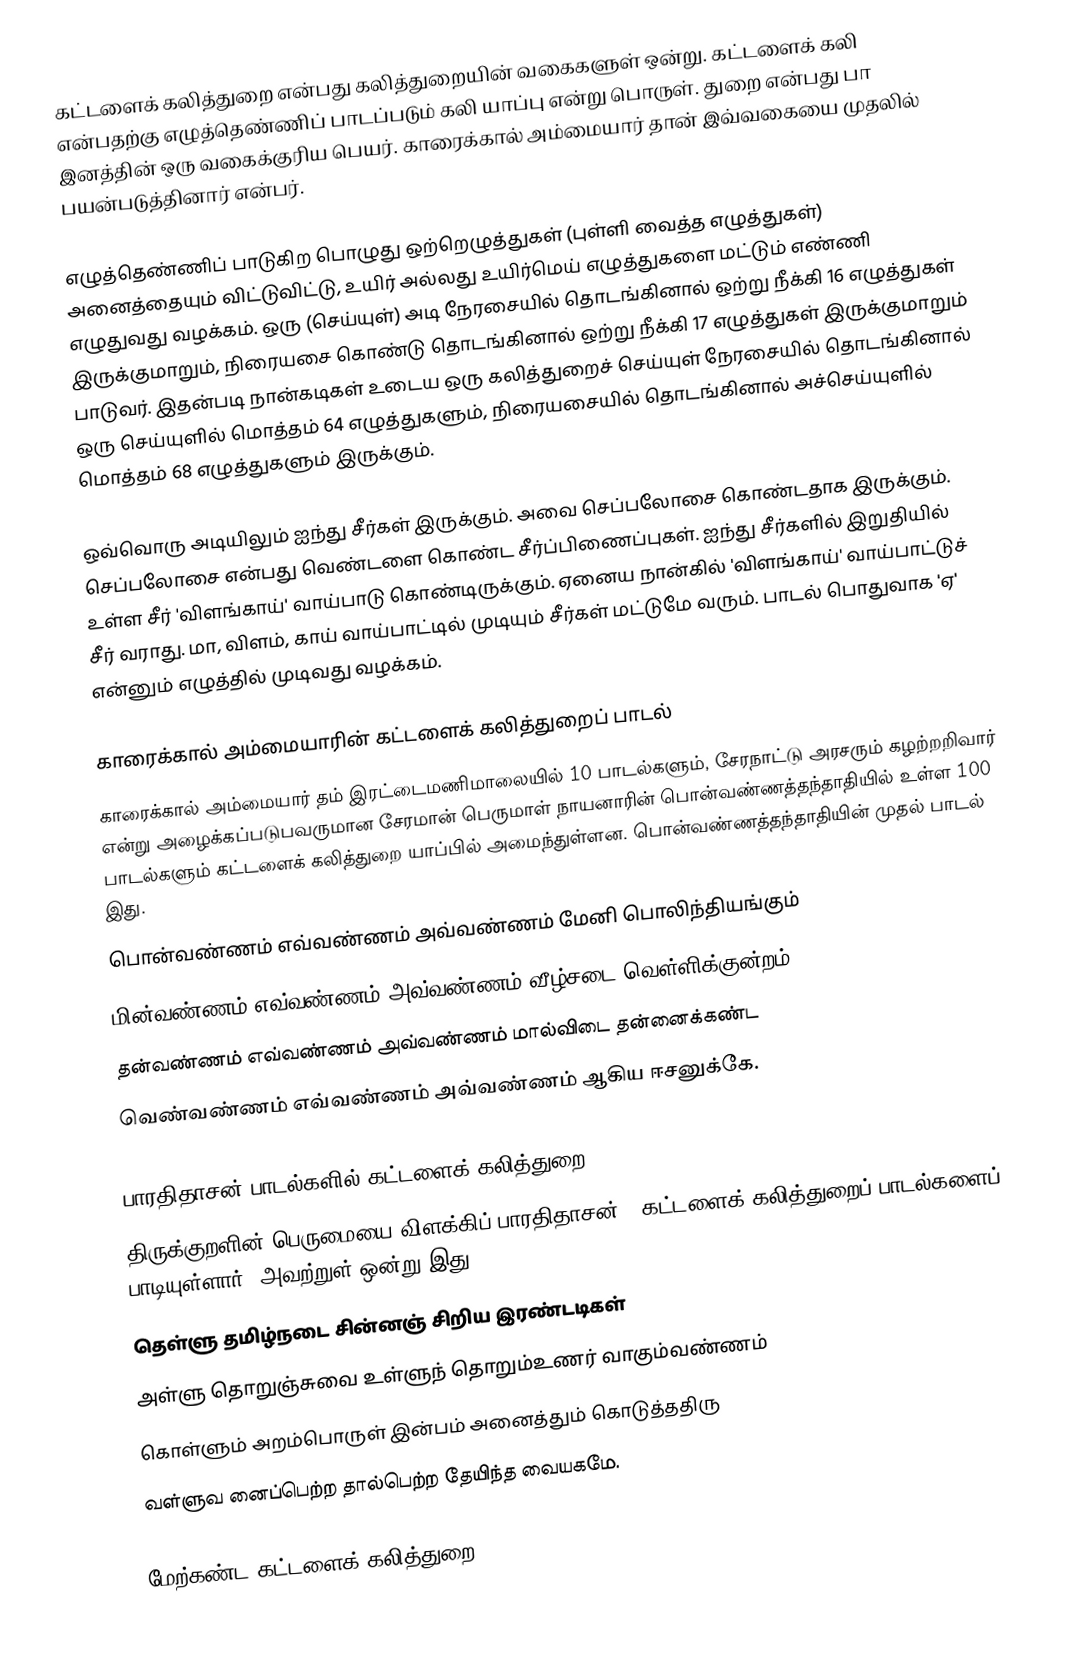
கட்டளைக் கலித்துறை என்பது கலித்துறையின் வகைகளுள் ஒன்று. கட்டளைக் கலி என்பதற்கு எழுத்தெண்ணிப் பாடப்படும் கலி யாப்பு என்று பொருள். துறை என்பது பா இனத்தின் ஒரு வகைக்குரிய பெயர். காரைக்கால் அம்மையார் தான் இவ்வகையை முதலில் பயன்படுத்தினார் என்பர்.

எழுத்தெண்ணிப் பாடுகிற பொழுது ஒற்றெழுத்துகள் (புள்ளி வைத்த எழுத்துகள்) அனைத்தையும் விட்டுவிட்டு, உயிர் அல்லது உயிர்மெய் எழுத்துகளை  மட்டும் எண்ணி எழுதுவது வழக்கம். ஒரு (செய்யுள்) அடி நேரசையில் தொடங்கினால் ஒற்று நீக்கி 16 எழுத்துகள் இருக்குமாறும், நிரையசை கொண்டு தொடங்கினால் ஒற்று நீக்கி 17 எழுத்துகள் இருக்குமாறும் பாடுவர். இதன்படி நான்கடிகள் உடைய ஒரு கலித்துறைச் செய்யுள் நேரசையில் தொடங்கினால் ஒரு செய்யுளில் மொத்தம் 64 எழுத்துகளும், நிரையசையில் தொடங்கினால் அச்செய்யுளில் மொத்தம் 68 எழுத்துகளும் இருக்கும்.

ஒவ்வொரு அடியிலும் ஐந்து சீர்கள் இருக்கும். அவை செப்பலோசை கொண்டதாக இருக்கும். செப்பலோசை என்பது வெண்டளை கொண்ட சீர்ப்பிணைப்புகள். ஐந்து சீர்களில் இறுதியில் உள்ள சீர் 'விளங்காய்' வாய்பாடு கொண்டிருக்கும். ஏனைய நான்கில் 'விளங்காய்' வாய்பாட்டுச் சீர் வராது. மா, விளம், காய் வாய்பாட்டில் முடியும் சீர்கள் மட்டுமே வரும். பாடல் பொதுவாக 'ஏ' என்னும் எழுத்தில் முடிவது வழக்கம்.

காரைக்கால் அம்மையாரின் கட்டளைக் கலித்துறைப் பாடல்
காரைக்கால் அம்மையார் தம் இரட்டைமணிமாலையில் 10 பாடல்களும், சேரநாட்டு அரசரும் கழற்றறிவார் என்று அழைக்கப்படுபவருமான  சேரமான் பெருமாள் நாயனாரின் பொன்வண்ணத்தந்தாதியில்  உள்ள 100 பாடல்களும் கட்டளைக் கலித்துறை யாப்பில் அமைந்துள்ளன. பொன்வண்ணத்தந்தாதியின் முதல் பாடல் இது.
பொன்வண்ணம் எவ்வண்ணம் அவ்வண்ணம் மேனி பொலிந்தியங்கும்
மின்வண்ணம் எவ்வண்ணம் அவ்வண்ணம் வீழ்சடை வெள்ளிக்குன்றம்
தன்வண்ணம் எவ்வண்ணம் அவ்வண்ணம் மால்விடை தன்னைக்கண்ட
வெண்வண்ணம் எவ்வண்ணம் அவ்வண்ணம் ஆகிய ஈசனுக்கே.

பாரதிதாசன் பாடல்களில் கட்டளைக் கலித்துறை
திருக்குறளின் பெருமையை விளக்கிப் பாரதிதாசன் 5 கட்டளைக் கலித்துறைப் பாடல்களைப் பாடியுள்ளார். அவற்றுள் ஒன்று இது.
தெள்ளு தமிழ்நடை சின்னஞ் சிறிய இரண்டடிகள்
அள்ளு தொறுஞ்சுவை உள்ளுந் தொறும்உணர் வாகும்வண்ணம்
கொள்ளும் அறம்பொருள் இன்பம் அனைத்தும் கொடுத்ததிரு
வள்ளுவ னைப்பெற்ற தால்பெற்ற தேயிந்த வையகமே.

மேற்கண்ட கட்டளைக் கலித்துறை